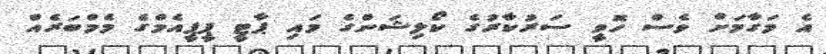
އެ މަގާމަށް ވެސް ހޮވީ ސަރުކާރުގެ ކޯލިޝަންގެ މައި ޕާޓީ ޕީޕީއެމްގެ މެމްބަރެއް